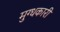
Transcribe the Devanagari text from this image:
मुग्धकारी